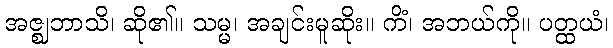
အဇ္ဈဘာသိ၊ ဆို၏။ သမ္မ၊ အချင်းမူဆိုး။ ကိံ၊ အဘယ်ကို။ ပတ္ထယံ၊